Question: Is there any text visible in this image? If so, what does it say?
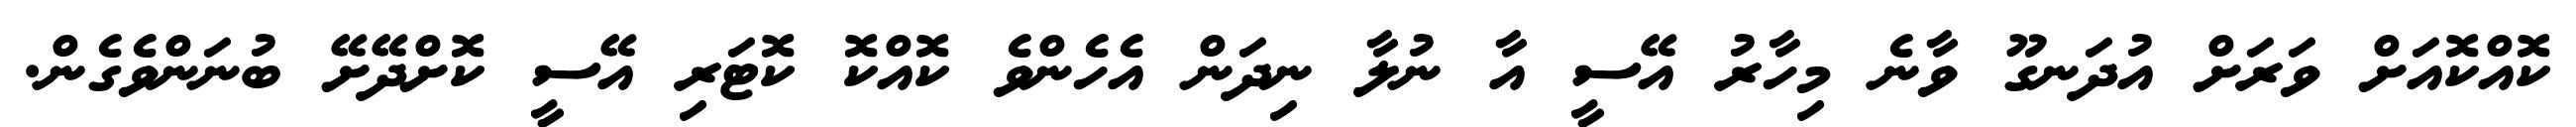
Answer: ކޮއްކޮއަށް ވަރަށް އުދަނގޫ ވާނެ މިހާރު އޭސީ އާ ނުލާ ނިދަން އެހެންވެ ކޮއްކޮ ކޮޓަރި އޭސީ ކޮށްދޭށޭ ބުނަންވެގެން.